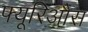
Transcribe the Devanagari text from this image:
फ्यूरिऔस